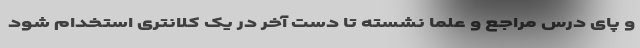
و پای درس مراجع و علما نشسته تا دست آخر در یک کلانتری استخدام شود